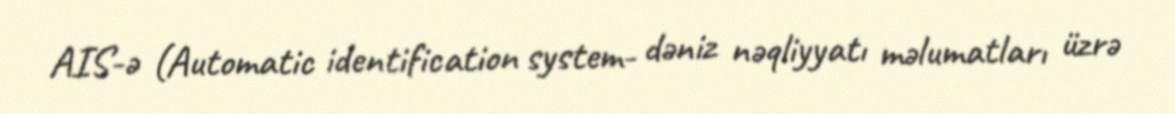
AIS-ə (Automatic identification system- dəniz nəqliyyatı məlumatları üzrə